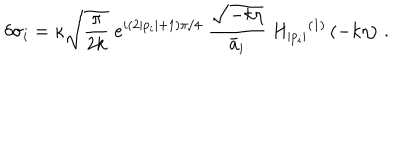
LaTeX: \delta \sigma _ { i } = \kappa \sqrt { \frac { \pi } { 2 k } } \; e ^ { i ( 2 | p _ { i } | + 1 ) \pi / 4 } \; \frac { \sqrt { - k \eta } } { \bar { a } _ { i } } \; { H _ { | p _ { i } | } } ^ { ( 1 ) } \left( - k \eta \right) \, .